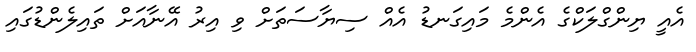
އެއީ ޔިންގްލަކްގެ އެންމެ މައިގަނޑު އެއް ސިޔާސަތަށް ވި އިރު އޭނާއަށް ތައިލެންޑުގައި